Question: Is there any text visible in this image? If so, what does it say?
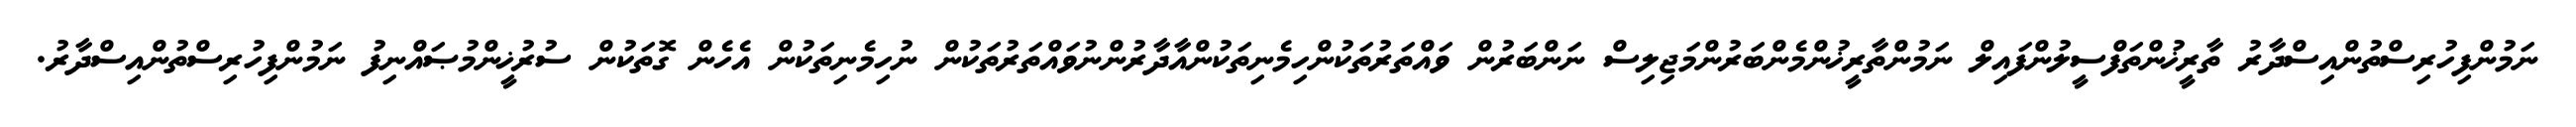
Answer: ނަމުންފިހުރިސްތުންއިސްދާރު ތާރީޚުންތަފްސީލުންފައިލް ނަމުންތާރީޚުންމެންބަރުންމަޖިލިސް ނަންބަރުން ވައްތަރުތަކުންހިމެނިތަކުންއާދާރުންނުވައްތަރުތަކުން ނުހިމެނިތަކުން އެހެން ގޮތަކުން ސުރުޚީންމުޞައްނިފު ނަމުންފިހުރިސްތުންއިސްދާރު.